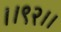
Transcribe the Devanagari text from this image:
।।९२।।